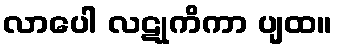
လာပေါ လဋုကိကာ ပျထ။